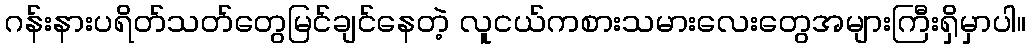
ဂန်းနားပရိတ်သတ်တွေမြင်ချင်နေတဲ့ လူငယ်ကစားသမားလေးတွေအများကြီးရှိမှာပါ။